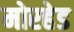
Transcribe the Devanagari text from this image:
मोरहेड